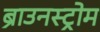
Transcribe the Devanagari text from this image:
ब्राउनस्ट्रोम